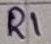
Text: R1